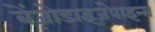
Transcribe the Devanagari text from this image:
बेंज़ोडाइज़ेपाइन्स